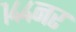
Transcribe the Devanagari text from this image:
१४४नर